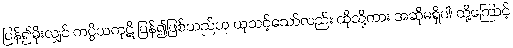
ပြန်၍မိုးလျှင် ကပ္ပိယကုဋိ ပြန်၍ဖြစ်သည်ဟု ယူသင့်သော်လည်း ထိုသို့ကား အဆိုမရှိပါ၊ ထို့ကြောင့်